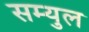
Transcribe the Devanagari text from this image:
सम्युल